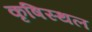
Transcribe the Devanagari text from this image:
कृषिस्थल